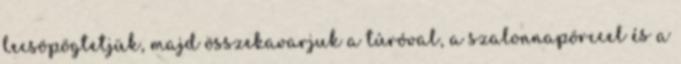
lecsöpögtetjük, majd összekavarjuk a túróval, a szalonnapörccel és a